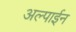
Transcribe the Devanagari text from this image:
अल्पाईन